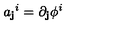
{ a _ { \bf { j } } } ^ { i } = \partial _ { \bf { j } } \phi ^ { i }